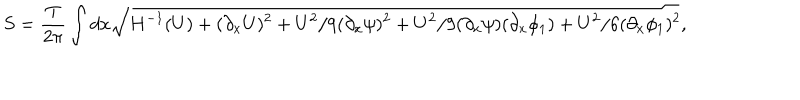
S = \frac { T } { 2 \pi } \int d x \sqrt { H ^ { - 1 } ( U ) + ( \partial _ { x } U ) ^ { 2 } + { U ^ { 2 } } / { 9 } ( \partial _ { x } \psi ) ^ { 2 } + { U ^ { 2 } } / { 9 } ( \partial _ { x } \psi ) ( \partial _ { x } \phi _ { 1 } ) + { U ^ { 2 } } / { 6 } ( \partial _ { x } \phi _ { 1 } ) ^ { 2 } } ,